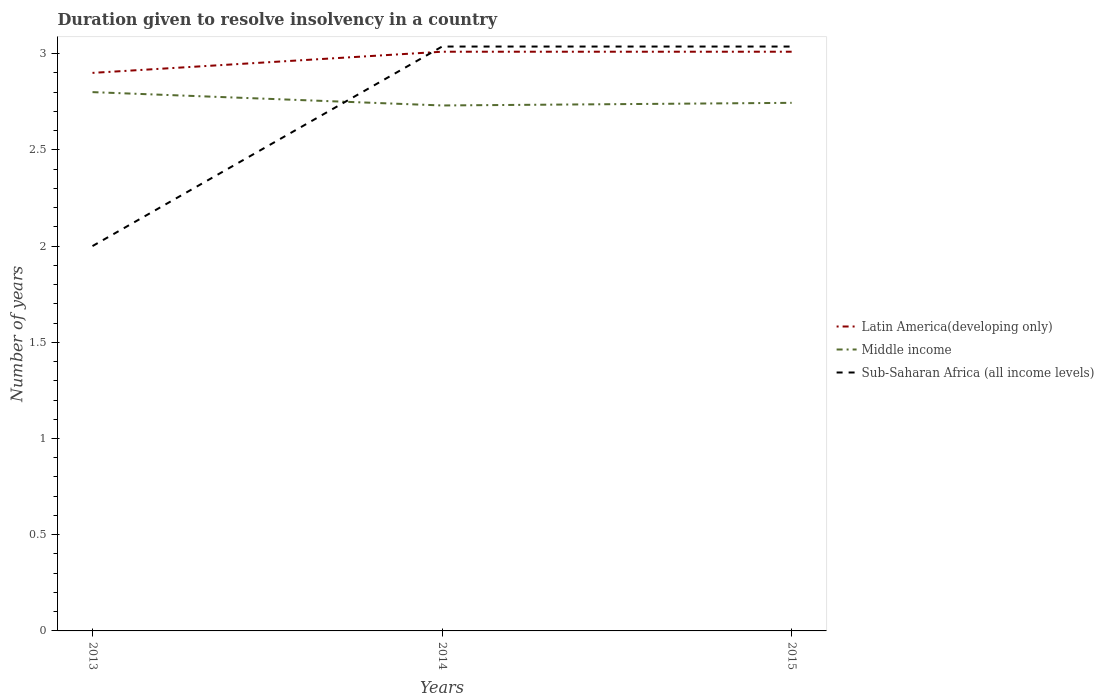
| Years | Latin America(developing only) | Middle income | Sub-Saharan Africa (all income levels) |
 | --- | --- | --- | --- |
 | 2013 | 2.9 | 2.8 | 2 |
 | 2014 | 3.01 | 2.73 | 3.04 |
 | 2015 | 3.01 | 2.74 | 3.04 |